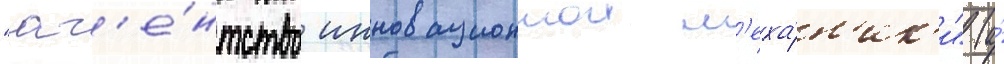
"аг'е́нтство инновационнои м'еха́н'ик'и" (а́